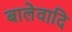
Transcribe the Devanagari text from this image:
बालेवादि